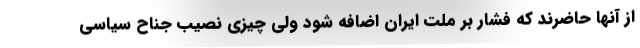
از آنها حاضرند که فشار بر ملت ایران اضافه شود ولی چیزی نصیب جناح سیاسی